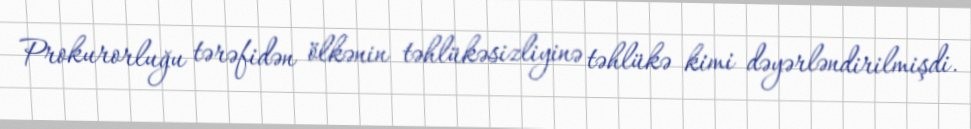
Prokurorluğu tərəfidən ölkənin təhlükəsizliyinə təhlükə kimi dəyərləndirilmişdi.